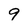
Character: 9